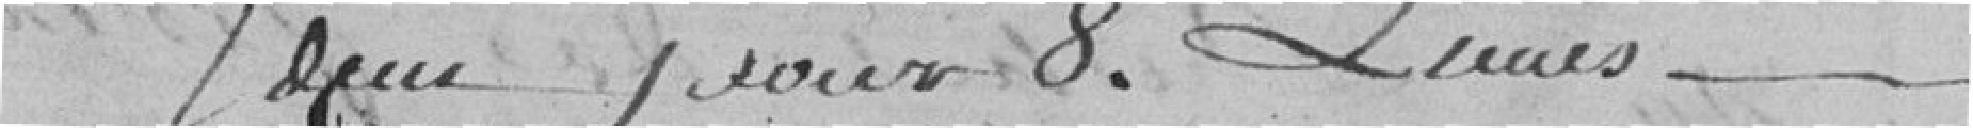
Idem pour 8 lieues